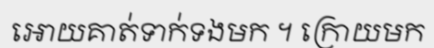
អោយគាត់ទាក់ទងមក ។ ក្រោយមក